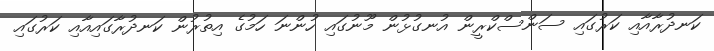
ކަނދުރާއާއި ކަރުގައި ސަންސްކްރީން އުނގުޅުން މޫނުގައި ހުންނަ ހަމުގެ އިތުރުން ކަނދުރާގައިއާއި ކަރުގައި